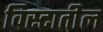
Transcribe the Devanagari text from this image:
विस्टातील